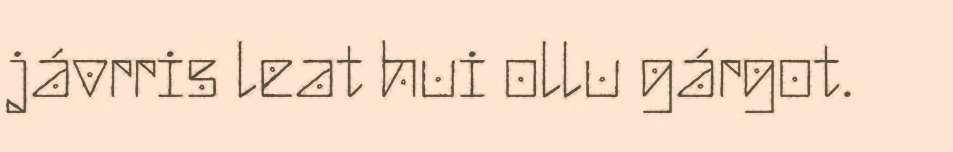
jávrris leat hui ollu gárgot.